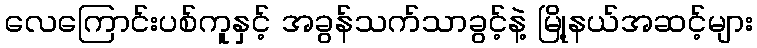
လေကြောင်းပစ်ကူနှင့် အခွန်သက်သာခွင့်နဲ့ မြို့နယ်အဆင့်များ